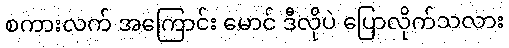
စကားလက် အကြောင်း မောင် ဒီလိုပဲ ပြောလိုက်သလား